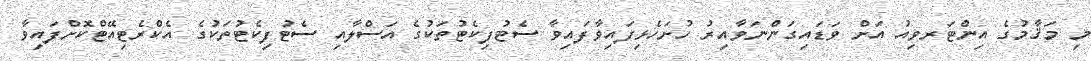
މި މަޤާމުގެ އިންޓަރވިއު އަށް ވަޑައިގަންނަވާއިރު ހުށަހެޅިފައިވާފައިވާ ސެޓުފިކެޓުތަކުގެ އަސްލާއި ސެޓުފިކެޓުތަކުގެ އެކްރެޓިއޭޓްކޮށްފައިވާ